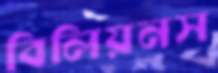
বিলিয়নস